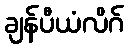
ချန်ပီယံလိဂ်